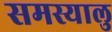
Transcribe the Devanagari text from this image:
समस्यालु